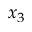
x _ { 3 }